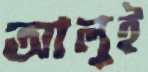
আলুই